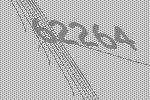
62264